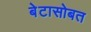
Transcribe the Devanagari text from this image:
बेटासोबत